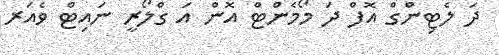
ދަ ލެޓިންގް އޮފް ދަ މޯމެންޓް އޮން އަ ގްލޯރީ ނައިޓް ވެެއަރ